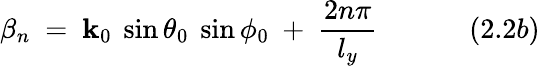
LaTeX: \beta_{n}~=~\mathbf{k}_{0}~\sin\theta_{0}~\sin\phi_{0}~+~{\frac{{2n\pi}}{{l_{y}}}}~~~~~~~~~~~~~(2.2b)